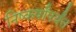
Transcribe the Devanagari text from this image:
निष्कर्षांपर्यंत